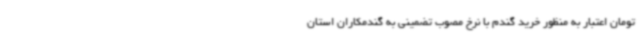
تومان اعتبار به ‌منظور خرید گندم با نرخ مصوب تضمینی به گندمکاران استان